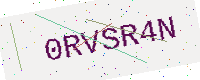
Text: 0RVSR4N